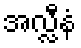
အလ္လီနံ